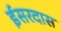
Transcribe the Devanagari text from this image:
ईसरदास